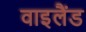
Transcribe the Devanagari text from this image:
वाइलैंड